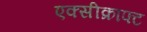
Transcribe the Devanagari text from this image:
एक्सीक्राफ्ट